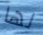
لها